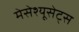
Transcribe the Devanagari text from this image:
मेसेश्यूसेट्स